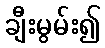
ချီးမွမ်း၍